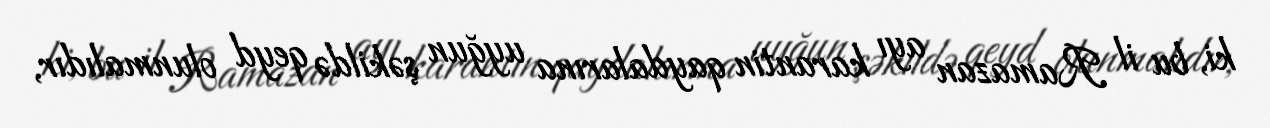
ki, bu il Ramazan ayı karantin qaydalarına uyğun şəkildə qeyd olunmalıdır,